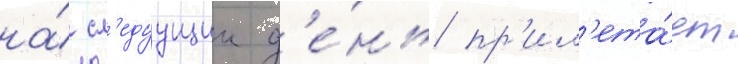
на́ сл'едуущии д'е́нь пр'ил'ета́ет